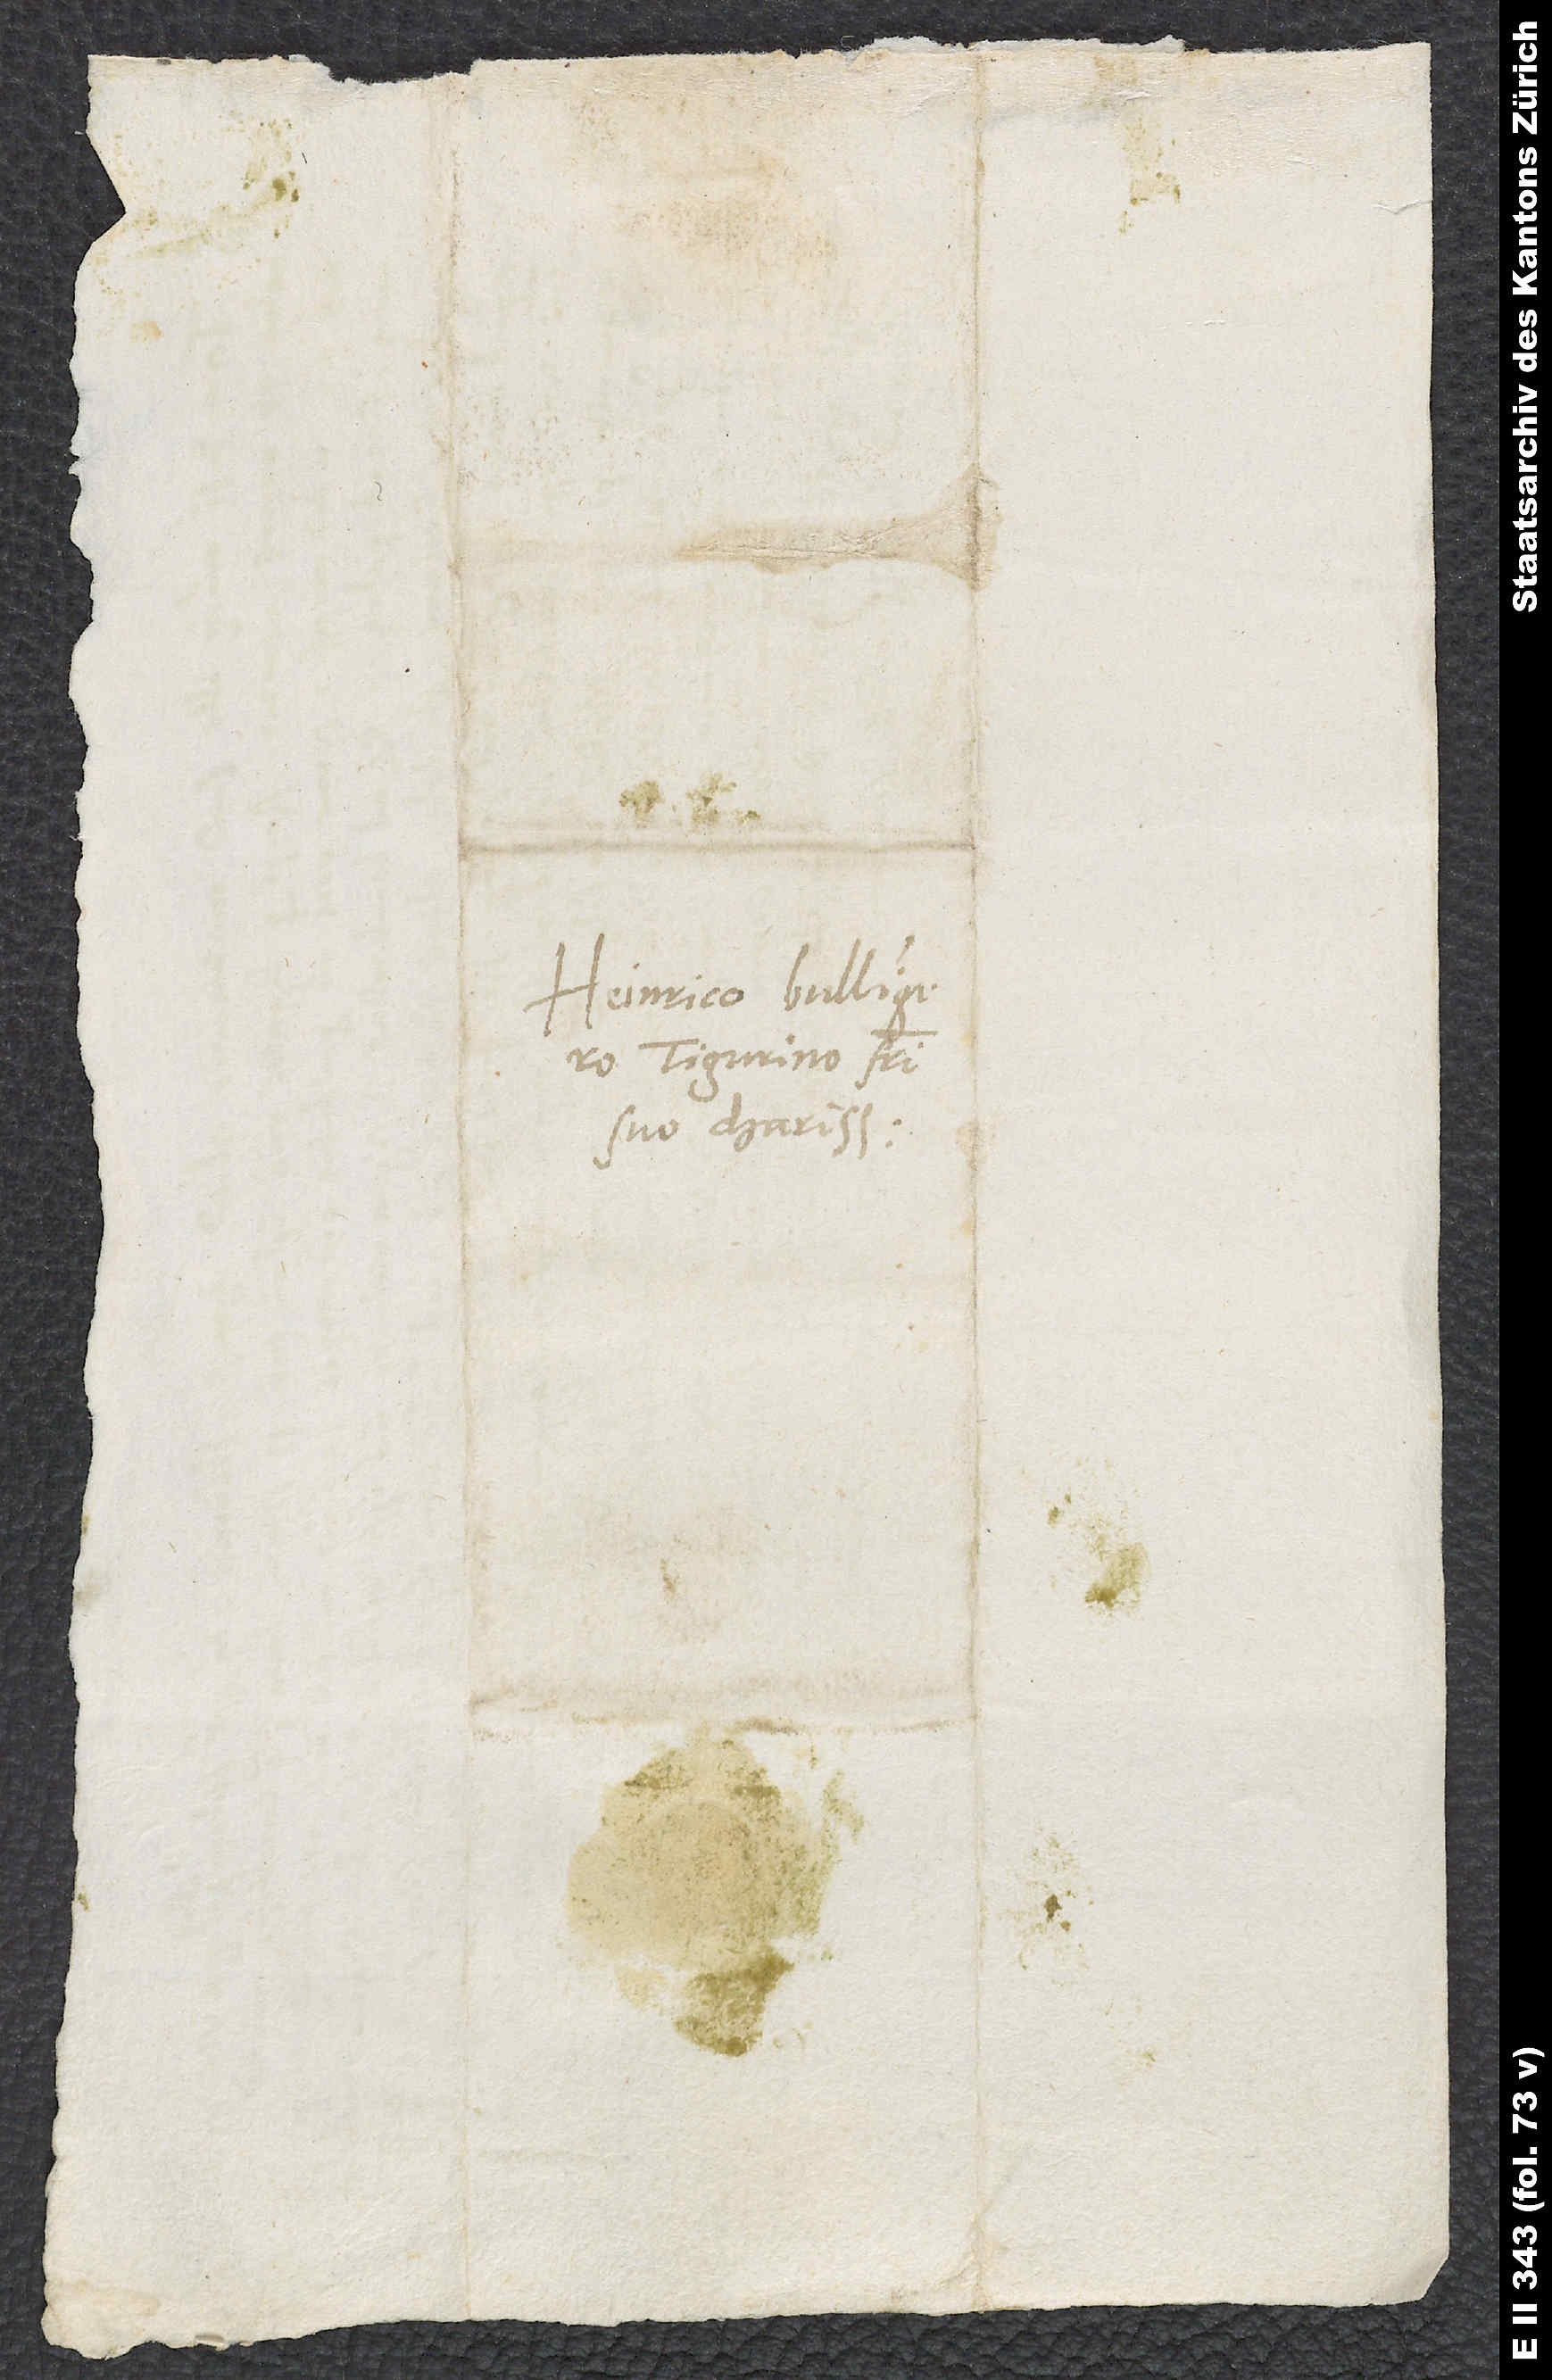
Heinrico Bullingero
Tigurino, fratri
suo charissimo.